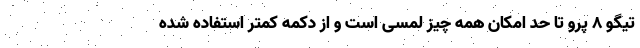
تیگو 8 پرو تا حد امکان همه چیز لمسی است و از دکمه کمتر استفاده شده